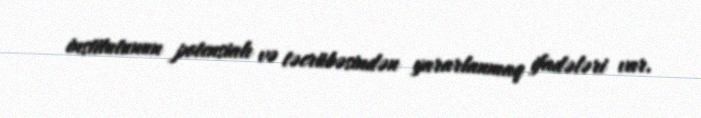
institutunun potensialı və təcrübəsindən yararlanmaq ifadələri var.